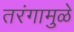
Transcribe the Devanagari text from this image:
तरंगामुळे